Vaccination in Burma 1900-1911 - 1900-1911
Year: 1900
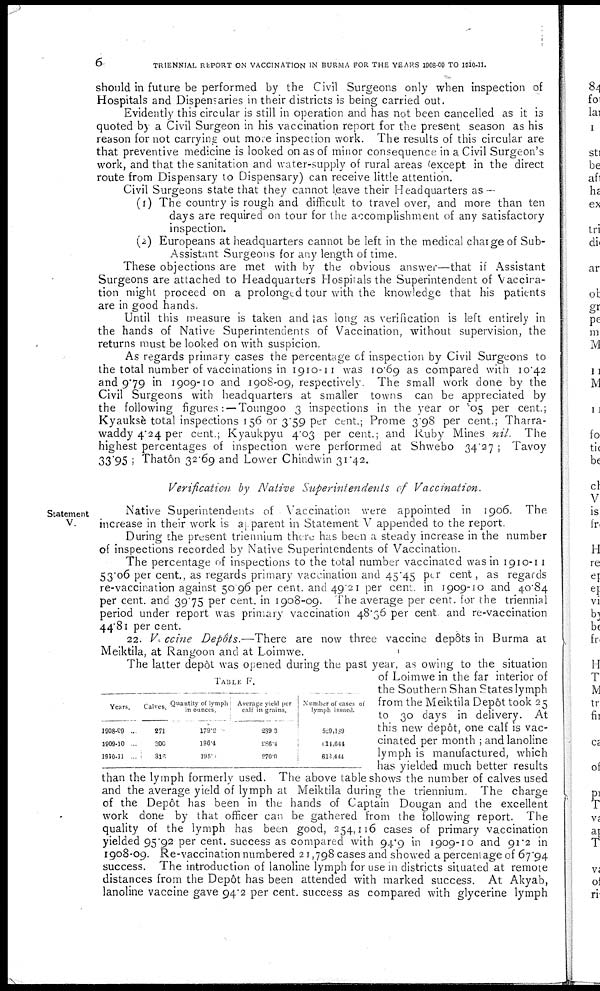
6
TRIENNIAL REPORT ON VACCINATION IN BURMA FOR THE YEARS 1908-09 TO 1910-11.
should in future be performed by the Civil Surgeons only when inspection of
Hospitals and Dispensaries in their districts is being carried out.
Evidently this circular is still in operation and has not been cancelled as it is
quoted by a Civil Surgeon in his vaccination report for the present season as his
reason for not carrying out more inspection work. The results of this circular are
that preventive medicine is looked on as of minor consequence in a Civil Surgeon's
work, and that the sanitation and water-supply of rural areas (except in the direct
route from Dispensary to Dispensary) can receive little attention.
Civil Surgeons state that they cannot leave their Headquarters as—
(1) The country is rough and difficult to travel over, and more than ten
days are required on tour for the accomplishment of any satisfactory
inspection.
(2) Europeans at headquarters cannot be left in the medical charge of Sub-
Assistant Surgeons for any length of time.
These objections are met with by the obvious answer—that if Assistant
Surgeons are attached to Headquarters Hospitals the Superintendent of Vaccira-
tion might proceed on a prolonged tour with the knowledge that his patients
are in good hands.
Until this measure is taken and as long as verification is left entirely in
the hands of Native Superintendents of Vaccination, without supervision, the
returns must be looked on with suspicion.
As regards primary cases the percentage of inspection by Civil Surgeons to
the total number of vaccinations in 1910-11 was 10.69 as compared with 10.42
and 9.79 in 1909-10 and 1908-09, respectively. The small work done by the
Civil Surgeons with headquarters at smaller towns can be appreciated by
the following figures: —Toungoo 3 inspections in the year or .05 per cent.;
Kyauksè total inspections 156 or 3.59 per cent.; Prome 3.98 per cent.; Tharra-
waddy 4.24 per cent.; Kyaukpyu 4.03 per cent.; and Ruby Mines nil. The
highest percentages of inspection were performed at Shwebo 34.27 ; Tavoy
33.95 ; Thatôn 32.69 and Lower Chindwin 31.42.
Verification by Native Superintendents of Vaccination.
Statement
V.
Native Superintendents of Vaccination were appointed in 1906. The
increase in their work is apparent in Statement V appended to the report.
During the present triennium there has been a steady increase in the number
of inspections recorded by Native Superintendents of Vaccination.
The percentage of inspections to the total number vaccinated was in 1910-11
53.06 per cent., as regards primary vaccination and 45.45 per cent, as regards
re-vaccination against 50.96 per cent. and 49.21 per cent. in 1909-10 and 40.84
per cent. and 39.75 per cent. in 1908-09. The average per cent. for the triennial
period under report was primary vaccination 48.36 per cent. and re-vaccination
44.81 per cent.
22. Vaccine Depôts.—There are now three vaccine depôts in Burma at
Meiktila, at Rangoon and at Loimwe.
TABLE F.
Years.
1908-09 ...
1909-10 ...
1910-11
...
Calves.
271
300
316
Quantity of lymph
in ounces.
179.2
196.4
195.0
Average yield per
calf in grains.
239.3
286.4
270.0
Number of cases of
lymph issued.
529,189
14,644
613,444
The latter depôt was opened during the past year, as owing to the situation
of Loimwe in the far interior of
the Southern Shan States lymph
from the Meiktila Depôt took 25
to 30 days in delivery. At
this new depôt, one calf is vac-
cinated per month ; and lanoline
lymph is manufactured, which
has yielded much better results
than the lymph formerly used. The above table shows the number of calves used
and the average yield of lymph at Meiktila during the triennium. The charge
of the Depôt has been in the hands of Captain Dougan and the excellent
work done by that officer can be gathered from the following report. The
quality of the lymph has been good, 254,116 cases of primary vaccination
yielded 95.92 per cent. success as compared with 94.9 in 1909-10 and 91.2 in
1908-09. Re-vaccination numbered 21,798 cases and showed a percentage of 67.94
success. The introduction of lanoline lymph for use in districts situated at remote
distances from the Depôt has been attended with marked success. At Akyab,
lanoline vaccine gave 94.2 per cent. success as compared with glycerine lymph